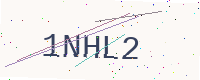
Text: 1NHL2